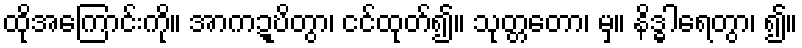
ထိုအကြောင်းကို။ အာကဍ္ဎိတွာ၊ ငင်ထုတ်၍။ သုတ္တတော၊ မှ။ နိဒ္ဓါရေတွာ၊ ၍။